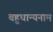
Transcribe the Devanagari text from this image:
बहुधान्यनाम